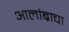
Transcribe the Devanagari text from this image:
आलांब्राचा